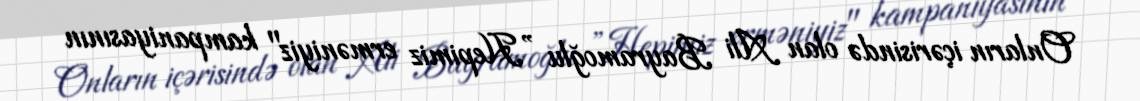
Onların içərisində olan Ali Bayramoğlu ”Hepimiz erməniyiz" kampaniyasının